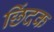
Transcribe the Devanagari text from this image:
छिंदक